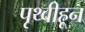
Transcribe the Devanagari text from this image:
पृथ्वीहून